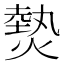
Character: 𤍽